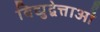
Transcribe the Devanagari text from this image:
विद्युद्वेत्ताओं